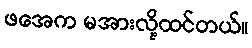
ဖအေက မအားလို့ထင်တယ်။